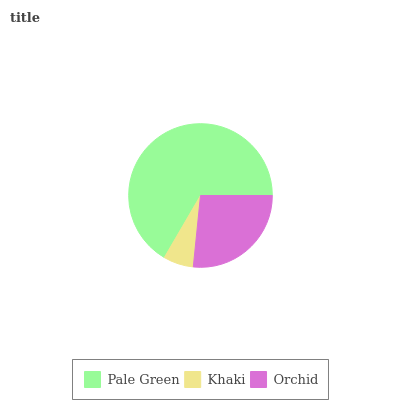
| Pale Green | Khaki | Orchid |
 | --- | --- | --- |
 | 66.6% | 6.82% | 26.6% |